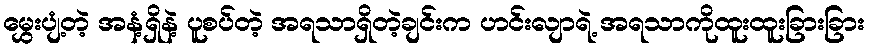
မွှေးပျံ့တဲ့ အနံ့ရှိနဲ့ ပူစပ်တဲ့ အရသာရှိတဲ့ချင်းက ဟင်းလျာရဲ့ အရသာကိုထူးထူးခြားခြား